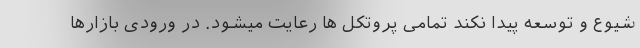
شیوع و توسعه پیدا نکند تمامی پروتکل ها رعایت میشود. در ورودی بازارها